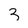
Character: 3